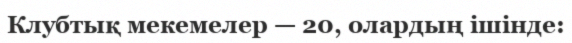
Клубтық мекемелер — 20, олардың ішінде: